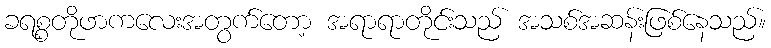
ခရစ္စတိုဖာကလေးအတွက်တော့ အရာရာတိုင်းသည် အသစ်အဆန်းဖြစ်နေသည်။